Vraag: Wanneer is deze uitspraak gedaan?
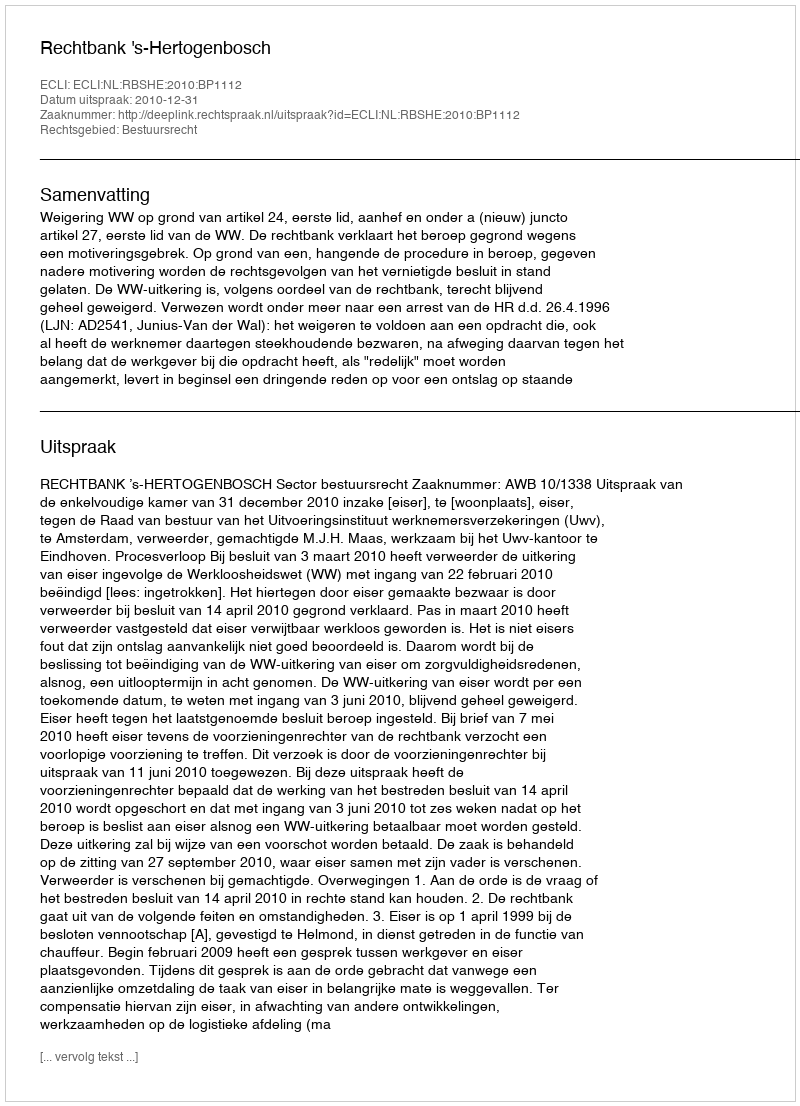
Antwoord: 2010-12-31